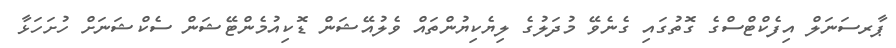
ޕާރސަނަލް އިފެކްޓްސްގެ ގޮތުގައި ގެނެވޭ މުދަލުގެ ލިޔެކިޔުންތައް ވެލުއޭޝަން ޑޮކިއުމެންޓޭޝަން ސެކްޝަނަށް ހުށަހަޅާ